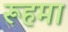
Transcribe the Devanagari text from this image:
रूहमा